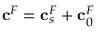
\mathbf { c } ^ { F } = \mathbf { c } _ { s } ^ { F } + \mathbf { c } _ { 0 } ^ { F }